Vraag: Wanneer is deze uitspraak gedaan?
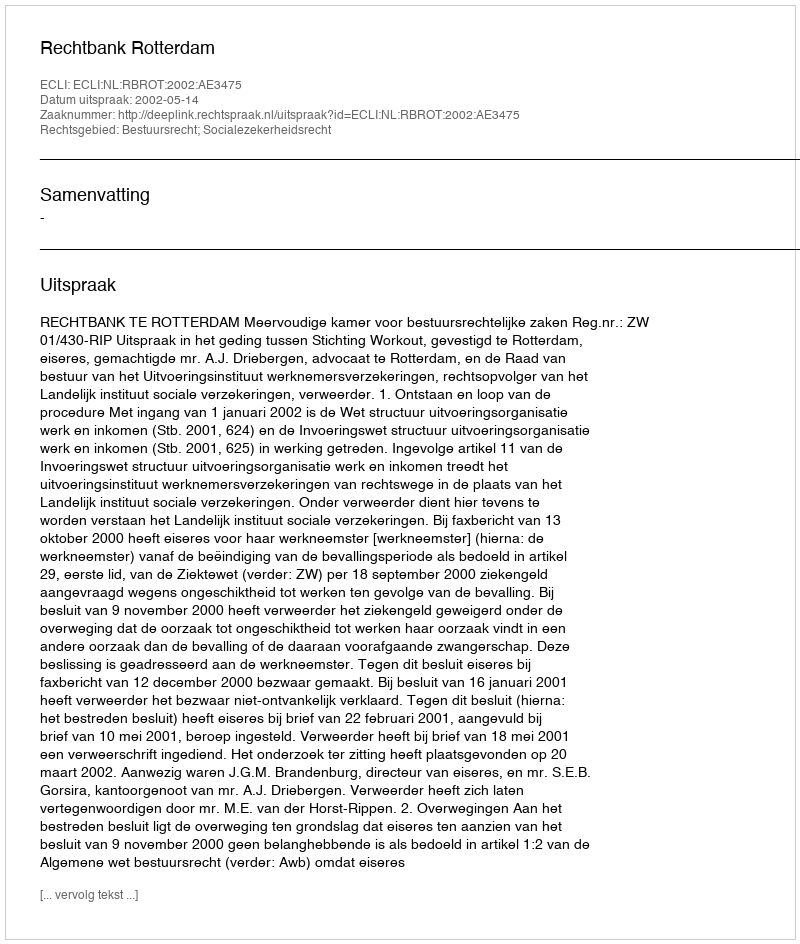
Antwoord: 2002-05-14